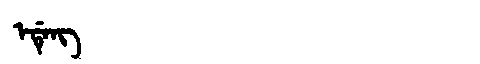
Manchu: ᡝᡩᡝᠩ
Romanization: EDENG